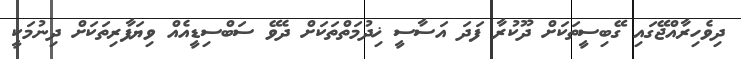
ދިވެހިރާއްޖޭގައި ގޭބިސީތަކަށް ދޫކުރާ ފަދަ އަސާސީ ޚިދުމަތްތަކަށް ދެވޭ ސަބްސިޑީއެއް ވިޔަފާރިތަކަށް ދިނުމަކީ